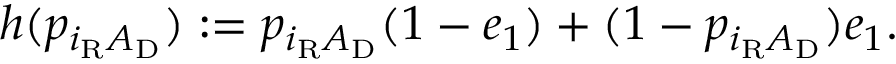
\begin{array} { r } { h ( p _ { i _ { \mathrm { R } } A _ { \mathrm { D } } } ) : = p _ { i _ { \mathrm { R } } A _ { \mathrm { D } } } ( 1 - e _ { 1 } ) + ( 1 - p _ { i _ { \mathrm { R } } A _ { \mathrm { D } } } ) e _ { 1 } . } \end{array}